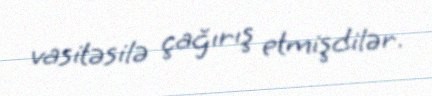
vasitəsilə çağırış etmişdilər.